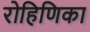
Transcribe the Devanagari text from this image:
रोहिणिका